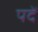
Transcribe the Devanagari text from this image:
पदें